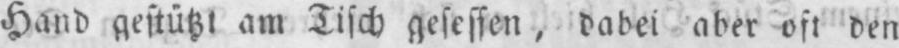
Hand gestützt am Tisch gesessen, dabei aber oft den